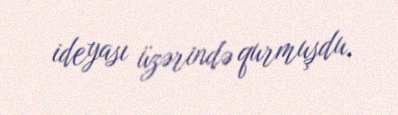
ideyası üzərində qurmuşdu.